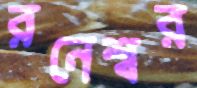
রনেশ্বর